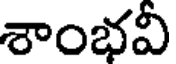
శాంభవీ